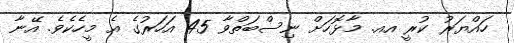
ހައްޔަރު ކުރީ އއ. މާޅޮހަށް ނިސްބަތްވާ 45 އަހަރުގެ އެ މީހެކެވެ. އޭނާ